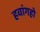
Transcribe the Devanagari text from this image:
हवांगहो